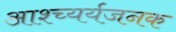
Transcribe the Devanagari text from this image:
आश्च्यर्यजनक